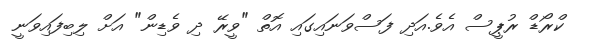
ކްރޯޑް ރުޕީސް އެވެ.އަދި ފަސްވަނައިގައި އޮތް "ވީރޭ ދި ވެޑިން" އަށް ލިބިފައިވަނީ